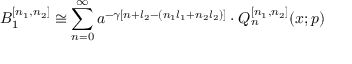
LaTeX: B _ { 1 } ^ { [ n _ { 1 } , n _ { 2 } ] } \cong \sum _ { n = 0 } ^ { \infty } a ^ { - \gamma [ n + l _ { 2 } - ( n _ { 1 } l _ { 1 } + n _ { 2 } l _ { 2 } ) ] } \cdot Q _ { n } ^ { [ n _ { 1 } , n _ { 2 } ] } ( x ; p )